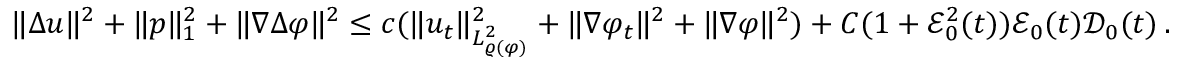
\begin{array} { r } { \| \Delta u \| ^ { 2 } + \| p \| _ { 1 } ^ { 2 } + \| \nabla \Delta \varphi \| ^ { 2 } \leq c ( \| u _ { t } \| _ { L _ { \varrho ( \varphi ) } ^ { 2 } } ^ { 2 } + \| \nabla \varphi _ { t } \| ^ { 2 } + \| \nabla \varphi \| ^ { 2 } ) + C ( 1 + \mathcal { E } _ { 0 } ^ { 2 } ( t ) ) \mathcal { E } _ { 0 } ( t ) \mathcal { D } _ { 0 } ( t ) \, . } \end{array}